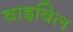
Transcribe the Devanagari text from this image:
वाइविल